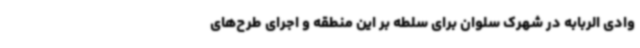
وادی الربابه در شهرک سلوان برای سلطه بر این منطقه و اجرای طرح‌های